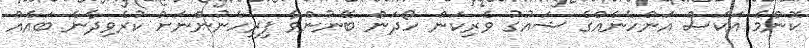
ކޮންމެ އަކަސް އަންހެނެއްގެ ޝައުގު ވެރިކަން ހޯދަން ބޭނުންވާ ފިރިހެނުންނަށް ކުރެވިދާނެ ބައެއް